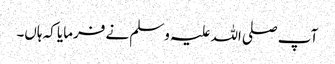
آپ صلی اللہ علیہ وسلم نے فرمایا کہ ہاں۔